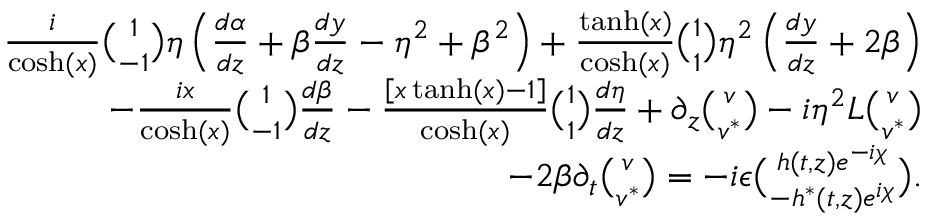
\begin{array} { r l r } & { } & { \frac { i } { \cosh ( x ) } { \binom { 1 } { - 1 } } \eta \left( \frac { d \alpha } { d z } + \beta \frac { d y } { d z } - \eta ^ { 2 } + \beta ^ { 2 } \right) + \frac { \operatorname { t a n h } ( x ) } { \cosh ( x ) } { \binom { 1 } { 1 } } \eta ^ { 2 } \left( \frac { d y } { d z } + 2 \beta \right) } \\ & { } & { - \frac { i x } { \cosh ( x ) } { \binom { 1 } { - 1 } } \frac { d \beta } { d z } - \frac { \left[ x \operatorname { t a n h } ( x ) - 1 \right] } { \cosh ( x ) } { \binom { 1 } { 1 } } \frac { d \eta } { d z } + \partial _ { z } { \binom { v } { v ^ { \ast } } } - i \eta ^ { 2 } { \cal L } { \binom { v } { v ^ { \ast } } } } \\ & { } & { - 2 \beta \partial _ { t } { \binom { v } { v ^ { \ast } } } = - i \epsilon { \binom { h ( t , z ) e ^ { - i \chi } } { - h ^ { \ast } ( t , z ) e ^ { i \chi } } } . } \end{array}